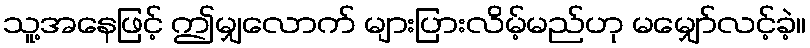
သူ့အနေဖြင့် ဤမျှလောက် များပြားလိမ့်မည်ဟု မမျှော်လင့်ခဲ့။